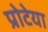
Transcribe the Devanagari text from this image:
प्रोटेया